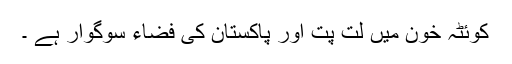
کوئٹہ خون میں لت پت اور پاکستان کی فضاء سوگوار ہے ۔